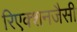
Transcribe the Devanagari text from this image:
रिएक्शनजैसी